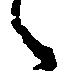
々